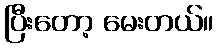
ပြီးတော့ မေးတယ်။